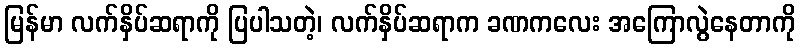
မြန်မာ လက်နှိပ်ဆရာကို ပြပါသတဲ့၊ လက်နှိပ်ဆရာက ခဏကလေး အကြောလွဲနေတာကို